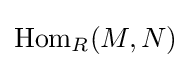
\operatorname {Hom} _{R}(M,N)